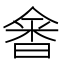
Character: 𰖗